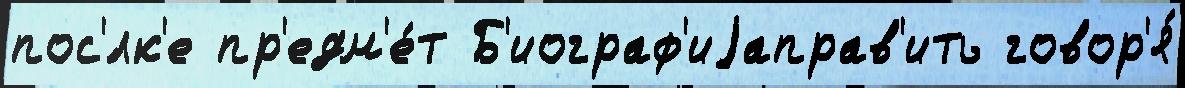
пос'́лк'е пр'едм'е́т Б'иограф'иjаправ'ить говор'я́